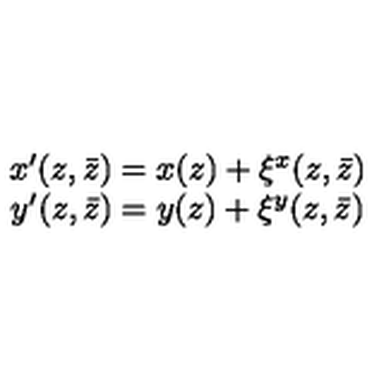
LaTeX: \begin{array} { c } { x ^ { \prime } ( z , \bar { z } ) = x ( z ) + \xi ^ { x } ( z , \bar { z } ) } \\ { y ^ { \prime } ( z , \bar { z } ) = y ( z ) + \xi ^ { y } ( z , \bar { z } ) } \\ \end{array}